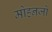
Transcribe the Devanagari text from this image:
मोहनजो